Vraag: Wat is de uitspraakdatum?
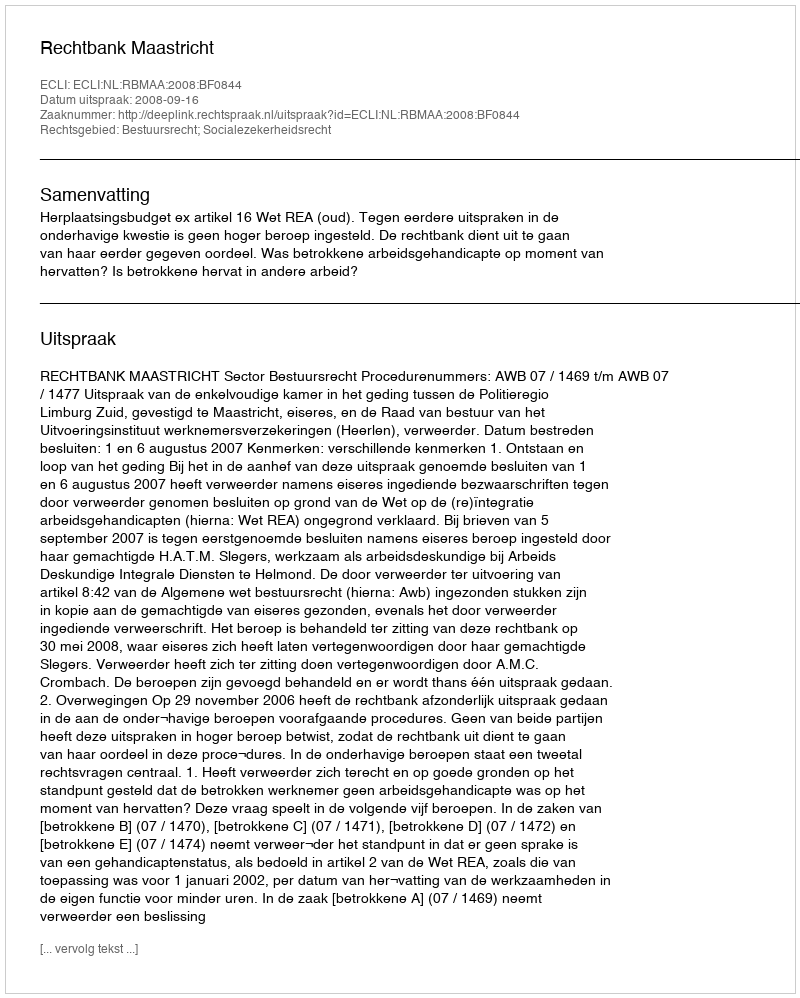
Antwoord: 2008-09-16